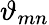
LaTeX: \vartheta_{mn}